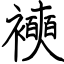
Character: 襫